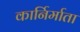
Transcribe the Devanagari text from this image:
कार्निर्माता